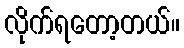
လိုက်ရတော့တယ်။